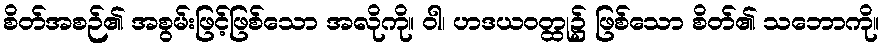
စိတ်အစဉ်၏ အစွမ်းဖြင့်ဖြစ်သော အလိုကို။ ဝါ၊ ဟဒယဝတ္ထု၌ ဖြစ်သော စိတ်၏ သဘောကို။